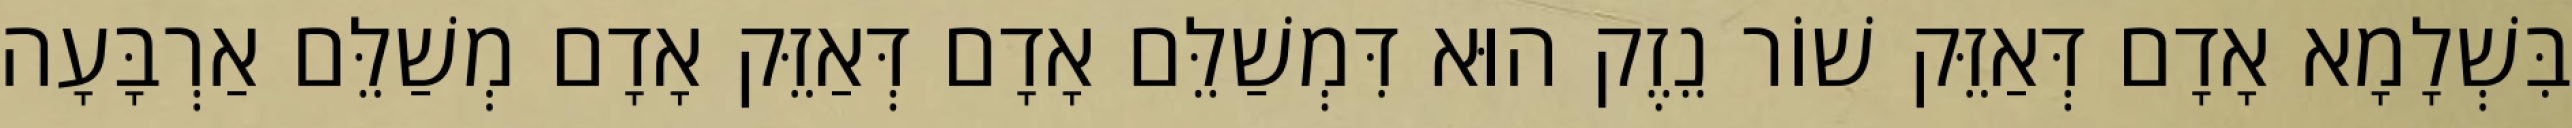
בִּשְׁלָמָא אָדָם דְּאַזֵּק שׁוֹר נֵזֶק הוּא דִּמְשַׁלֵּם אָדָם דְּאַזֵּק אָדָם מְשַׁלֵּם אַרְבָּעָה